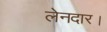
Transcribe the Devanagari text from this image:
लेनदार।